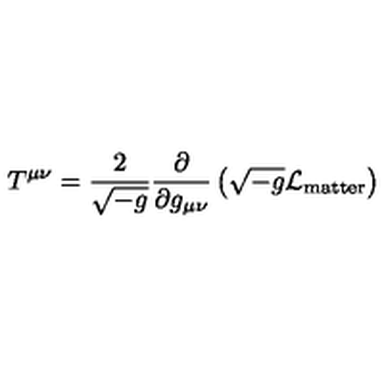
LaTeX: T ^ { \mu \nu } = \frac { 2 } { \sqrt { - g } } \frac { \partial } { \partial g _ { \mu \nu } } \left( \sqrt { - g } { \cal L } _ { \mathrm { m a t t e r } } \right)